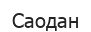
Саодан